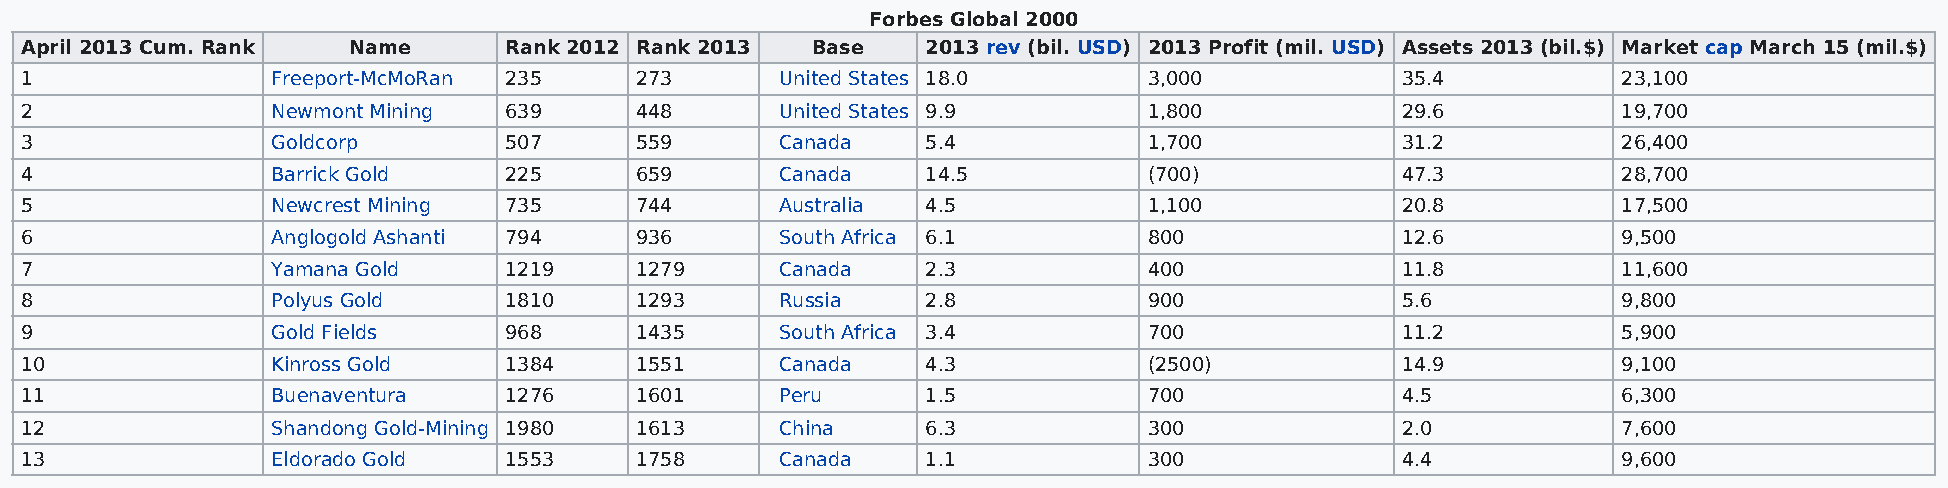
Forbes Global 2000
 April 2013 Cum. Rank  Name      Rank 2012 Rank 2013  Base   2013 rev (bil. USD) 2013 Profit (mil. USD) Assets 2013 (bil.$) Market cap March 15 (mil.$)
 1                Freeport-McMoRan 235    273       United States 18.0      3,000            35.4          23,100
 2                Newmont Mining 639      448       United States 9.9       1,800            29.6          19,700
 3                Goldcorp       507      559       Canada   5.4            1,700            31.2          26,400
 4                Barrick Gold   225      659       Canada   14.5           (700)            47.3          28,700
 5                Newcrest Mining 735     744       Australia 4.5           1,100            20.8          17,500
 6                Anglogold Ashanti 794   936       South Africa 6.1        800              12.6          9,500
 7                Yamana Gold    1219     1279      Canada   2.3            400              11.8          11,600
 8                Polyus Gold    1810     1293      Russia   2.8            900              5.6           9,800
 9                Gold Fields    968      1435      South Africa 3.4        700              11.2          5,900
 10               Kinross Gold   1384     1551      Canada   4.3            (2500)           14.9          9,100
 11               Buenaventura   1276     1601      Peru     1.5            700              4.5           6,300
 12               Shandong Gold-Mining 1980 1613    China    6.3            300              2.0           7,600
 13               Eldorado Gold  1553     1758      Canada   1.1            300              4.4           9,600